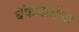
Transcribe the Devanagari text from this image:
बॅकबोर्डला